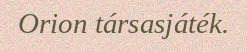
Orion társasjáték.